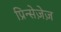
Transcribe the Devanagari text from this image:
प्रिन्सेज़ेज़